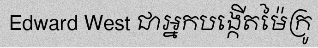
Edward West ជាអ្នកបង្កើតម៉ៃក្រូ